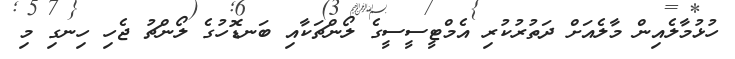
ހުޅުމާލެއިން މާލެއަށް ދަތުރުކުރި އެމްޓީސީސީގެ ލޯންޗަކާއި ބަނޑޮހުގެ ލޯންޗު ޖެހި ހިނގި މި